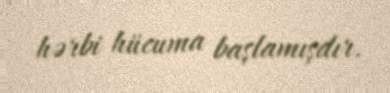
hərbi hücuma başlamışdır.